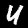
Digit: 4